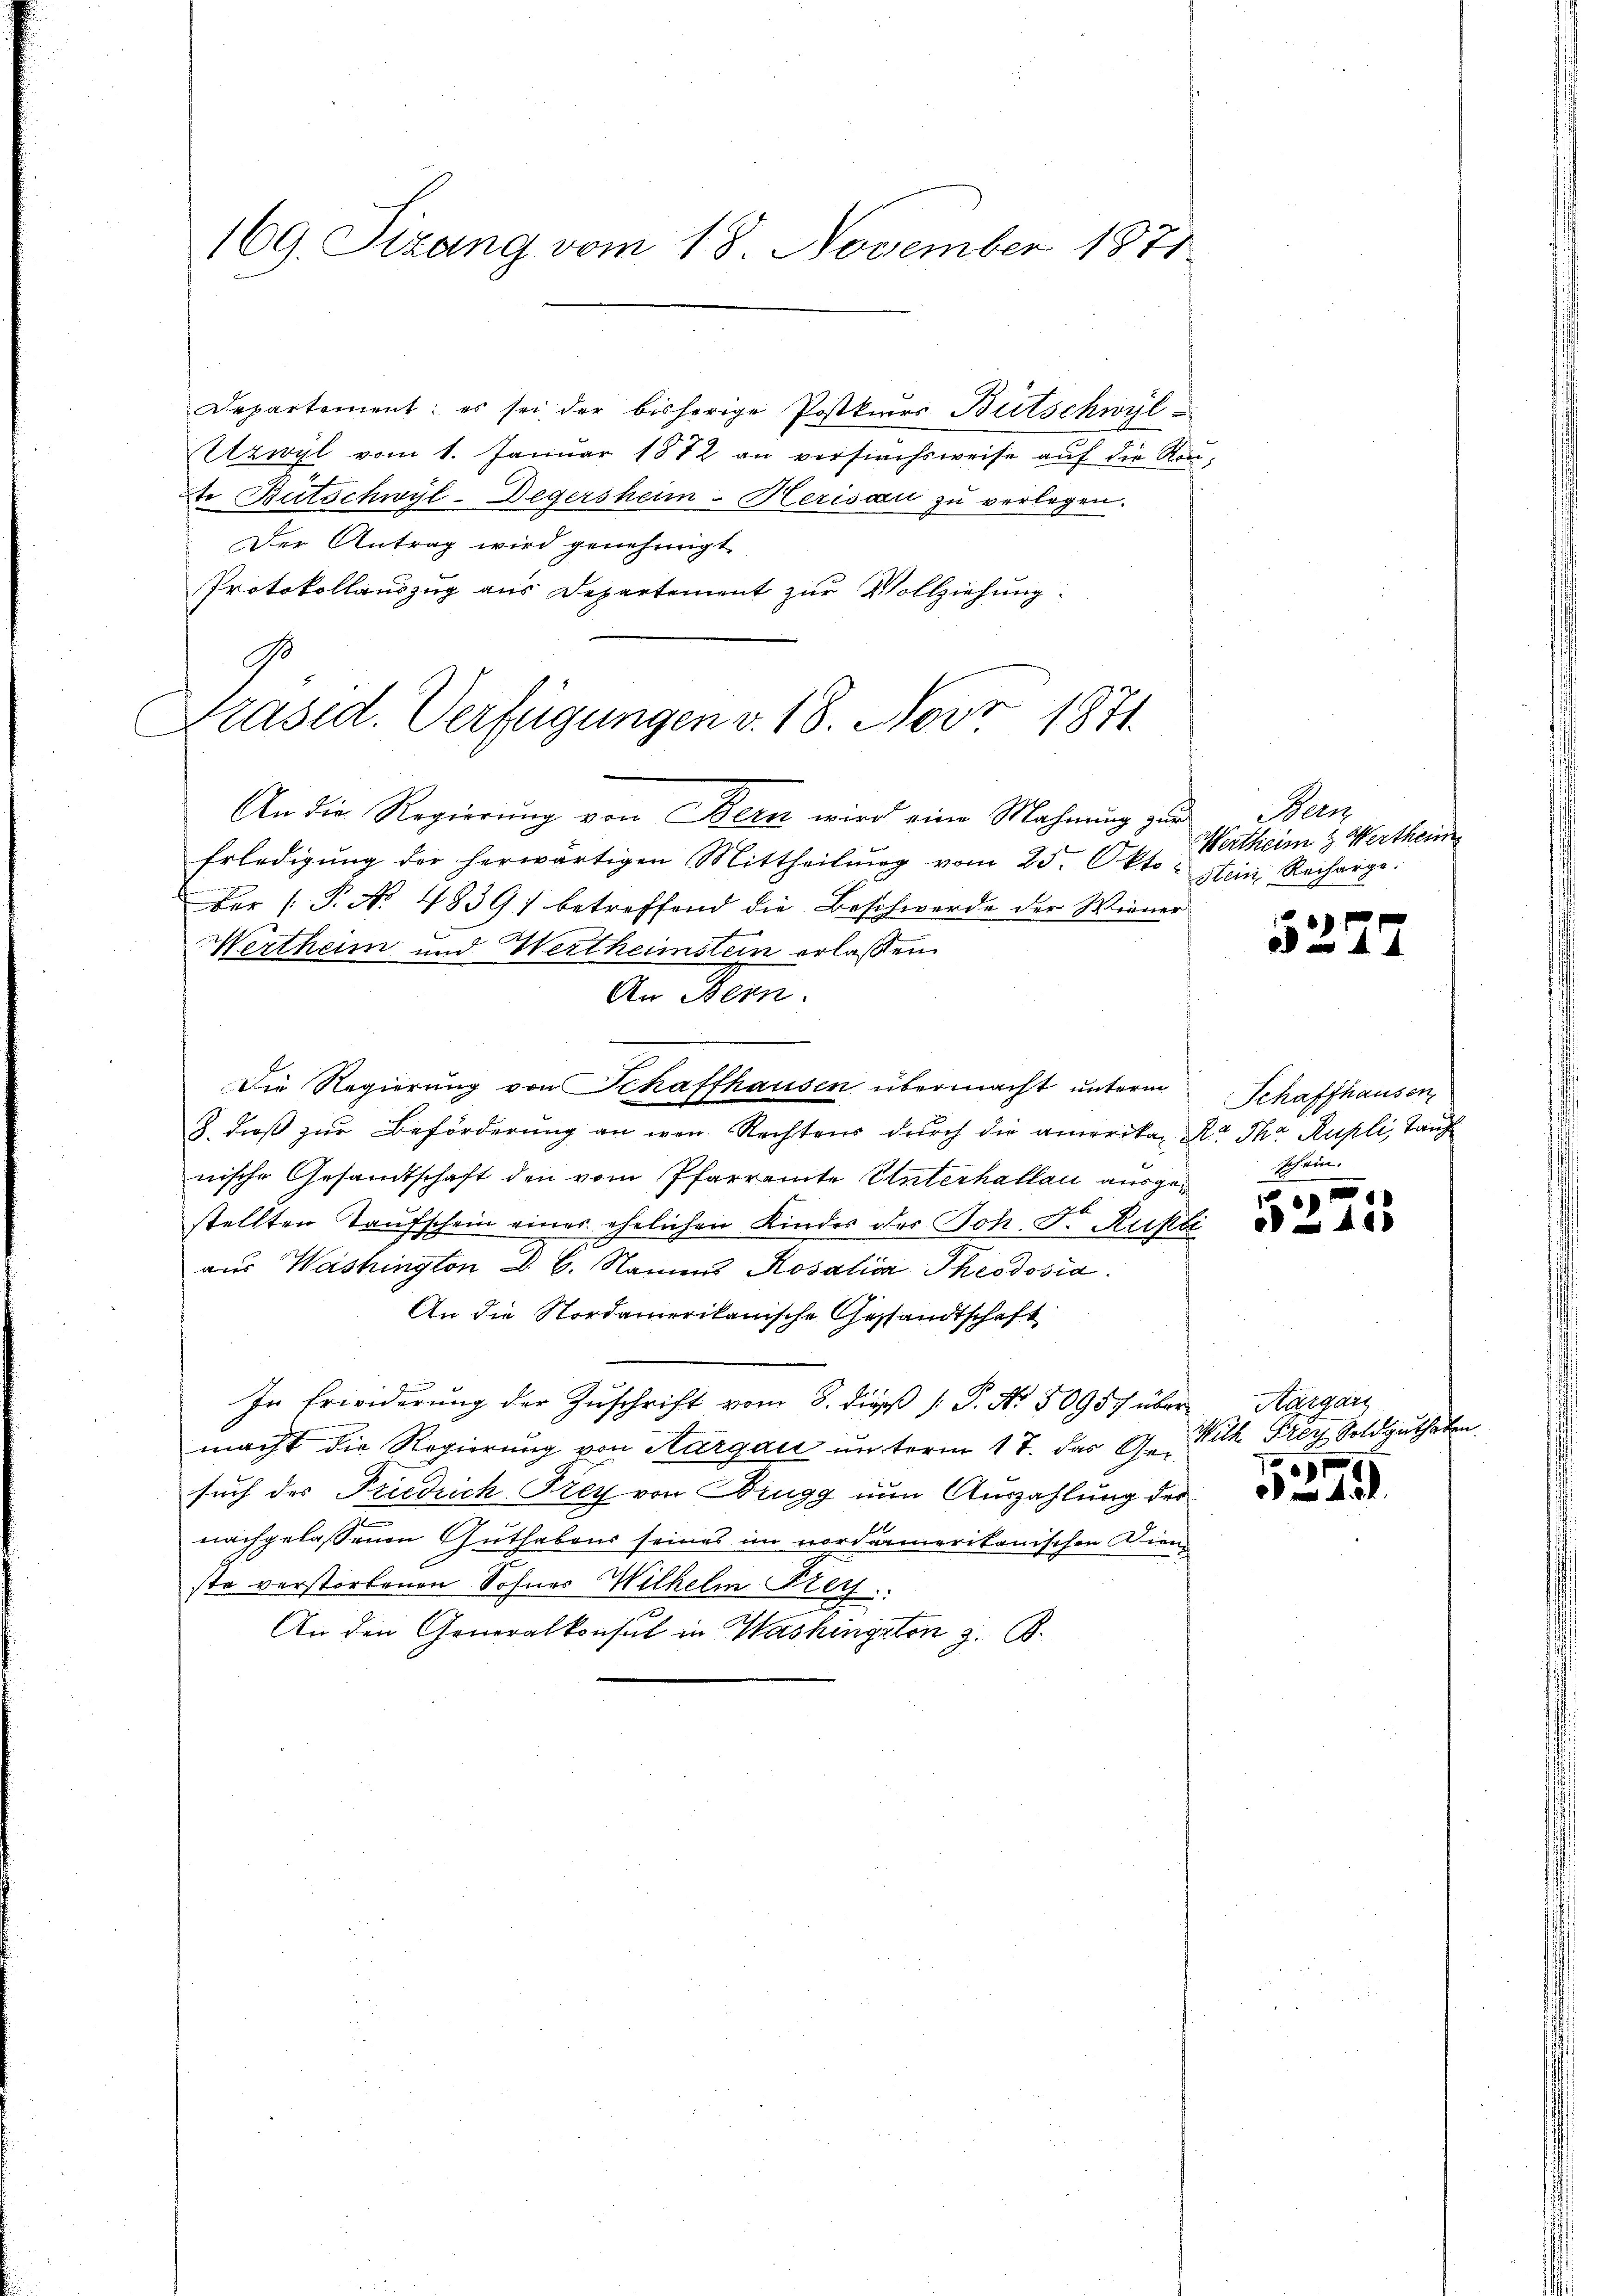
169. Sizang vom 18. November 1871.

Departement: es sei der bisherige Postkurs Bütschwyl
Utzwyl vom 1. Januar 1872 an versuchsweise auf die Route Butschwyl-Degersheim-Herisau zu verlegen.
Der Antrag wird genehmigt.
Protokollauszug aus Departement zur Vollziehung.
An die Regierŭng von Bern wird eine Mahnŭng zur Bern
Erledigŭng der herwärtigen Mittheilŭng vom 25. Okto. Stein Recharge.
ber (T. No. 48391 betreffend die Beschwerde der Wiener
Wertheim und Wertheimstein erlaßen.
An Bern.
Die Regierung von Schaffhausen übermacht unterm
2. dieß zur Beförderung an den Rechtens durch die amerika R. Ihr Kupli, Tauf
nische Gesandtschaft den vom Pfarramte Unterhallau ausgee
stellten Taufschein eines ehelichen Kinder der Joh. F. Ausli
aus Washington d. 6. Namens Rosalica Theodosia.
An die Nordamerikanische Gestandtschaft
In Erwiderŭng der Zŭschrift vom 8. die P. Nr. 50957 über Aargau
macht die Regierung von Aargau unterm 17. das Gesuch der Friedrich Frey von Brugg nun Auszahlung des
nachgelassenen Guthabens seines im nordamerikanischen Dienste verstorbenen Sohner Wilhelm Frey.
An den Generalkonsul in Washington z. B.

G
Präsid. Verfügungen v. 18. Nov 1871

Wertheim & Wertheim

5225

Schaffhausen
Schein.

.
41)

Wuth Frey Soldguthaten.
3

x
49.